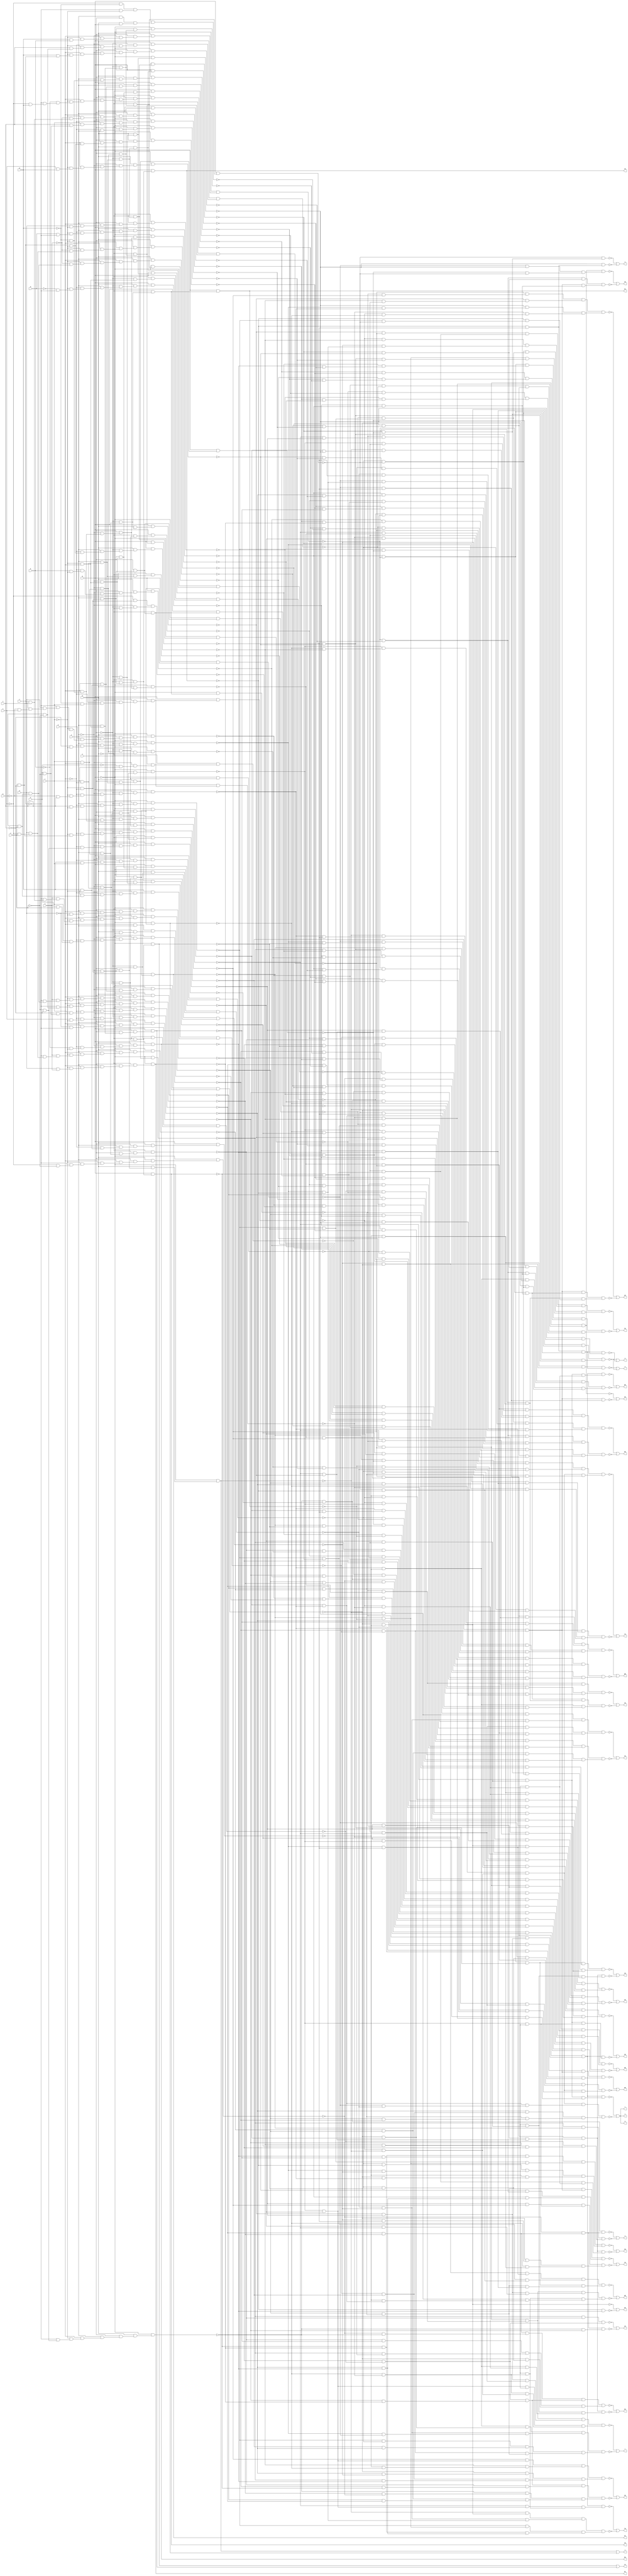
module vda ( 
    a, b, c, d, e, f, g, h, i, j, k, l, m, n, o, p, q,
    r, s, t, u, v, w, x, y, z, a0, b0, c0, d0, e0, f0, g0, h0, i0, j0, k0,
    l0, m0, n0, o0, p0, q0, r0, s0, t0, u0, v0, w0, x0, y0, z0, a1, b1, c1,
    d1  );
  input  a, b, c, d, e, f, g, h, i, j, k, l, m, n, o, p, q;
  output r, s, t, u, v, w, x, y, z, a0, b0, c0, d0, e0, f0, g0, h0, i0, j0,
    k0, l0, m0, n0, o0, p0, q0, r0, s0, t0, u0, v0, w0, x0, y0, z0, a1, b1,
    c1, d1;
  wire new_n57_, new_n58_, new_n59_, new_n60_, new_n61_, new_n62_, new_n63_,
    new_n64_, new_n65_, new_n66_, new_n67_, new_n68_, new_n69_, new_n70_,
    new_n71_, new_n72_, new_n73_, new_n74_, new_n75_, new_n76_, new_n77_,
    new_n78_, new_n79_, new_n80_, new_n81_, new_n82_, new_n83_, new_n84_,
    new_n85_, new_n86_, new_n87_, new_n88_, new_n89_, new_n90_, new_n91_,
    new_n92_, new_n93_, new_n94_, new_n95_, new_n96_, new_n97_, new_n98_,
    new_n99_, new_n100_, new_n101_, new_n102_, new_n103_, new_n104_,
    new_n105_, new_n106_, new_n107_, new_n108_, new_n109_, new_n110_,
    new_n111_, new_n112_, new_n113_, new_n114_, new_n115_, new_n116_,
    new_n117_, new_n118_, new_n119_, new_n120_, new_n121_, new_n122_,
    new_n123_, new_n124_, new_n125_, new_n126_, new_n127_, new_n128_,
    new_n129_, new_n130_, new_n131_, new_n132_, new_n133_, new_n134_,
    new_n135_, new_n136_, new_n137_, new_n138_, new_n139_, new_n140_,
    new_n141_, new_n142_, new_n143_, new_n144_, new_n145_, new_n146_,
    new_n147_, new_n148_, new_n149_, new_n150_, new_n151_, new_n152_,
    new_n153_, new_n154_, new_n155_, new_n156_, new_n157_, new_n158_,
    new_n159_, new_n160_, new_n161_, new_n162_, new_n163_, new_n164_,
    new_n165_, new_n166_, new_n167_, new_n168_, new_n169_, new_n170_,
    new_n171_, new_n172_, new_n173_, new_n174_, new_n175_, new_n176_,
    new_n177_, new_n178_, new_n179_, new_n180_, new_n181_, new_n182_,
    new_n183_, new_n184_, new_n185_, new_n186_, new_n187_, new_n188_,
    new_n189_, new_n190_, new_n191_, new_n192_, new_n193_, new_n194_,
    new_n195_, new_n196_, new_n197_, new_n198_, new_n199_, new_n200_,
    new_n201_, new_n202_, new_n203_, new_n204_, new_n205_, new_n206_,
    new_n207_, new_n208_, new_n209_, new_n210_, new_n211_, new_n212_,
    new_n213_, new_n214_, new_n215_, new_n216_, new_n217_, new_n218_,
    new_n219_, new_n220_, new_n221_, new_n222_, new_n223_, new_n224_,
    new_n225_, new_n226_, new_n227_, new_n228_, new_n229_, new_n230_,
    new_n231_, new_n232_, new_n233_, new_n234_, new_n235_, new_n236_,
    new_n237_, new_n238_, new_n239_, new_n240_, new_n241_, new_n242_,
    new_n243_, new_n244_, new_n245_, new_n246_, new_n247_, new_n248_,
    new_n249_, new_n250_, new_n251_, new_n253_, new_n254_, new_n255_,
    new_n256_, new_n257_, new_n258_, new_n259_, new_n260_, new_n261_,
    new_n262_, new_n263_, new_n264_, new_n265_, new_n266_, new_n267_,
    new_n268_, new_n269_, new_n270_, new_n271_, new_n272_, new_n273_,
    new_n274_, new_n275_, new_n276_, new_n277_, new_n278_, new_n279_,
    new_n280_, new_n281_, new_n282_, new_n283_, new_n284_, new_n285_,
    new_n286_, new_n287_, new_n288_, new_n289_, new_n290_, new_n291_,
    new_n292_, new_n293_, new_n294_, new_n295_, new_n296_, new_n297_,
    new_n298_, new_n299_, new_n300_, new_n301_, new_n302_, new_n303_,
    new_n304_, new_n305_, new_n306_, new_n307_, new_n309_, new_n310_,
    new_n311_, new_n312_, new_n313_, new_n314_, new_n315_, new_n316_,
    new_n318_, new_n319_, new_n320_, new_n321_, new_n322_, new_n323_,
    new_n324_, new_n325_, new_n326_, new_n327_, new_n328_, new_n329_,
    new_n330_, new_n331_, new_n332_, new_n333_, new_n334_, new_n335_,
    new_n336_, new_n337_, new_n338_, new_n339_, new_n341_, new_n342_,
    new_n343_, new_n344_, new_n345_, new_n346_, new_n347_, new_n348_,
    new_n350_, new_n351_, new_n352_, new_n353_, new_n354_, new_n355_,
    new_n356_, new_n358_, new_n359_, new_n360_, new_n361_, new_n362_,
    new_n363_, new_n364_, new_n365_, new_n366_, new_n367_, new_n368_,
    new_n369_, new_n371_, new_n372_, new_n373_, new_n374_, new_n375_,
    new_n376_, new_n377_, new_n378_, new_n379_, new_n380_, new_n381_,
    new_n382_, new_n383_, new_n384_, new_n385_, new_n386_, new_n387_,
    new_n388_, new_n389_, new_n390_, new_n391_, new_n392_, new_n393_,
    new_n394_, new_n395_, new_n396_, new_n397_, new_n398_, new_n399_,
    new_n400_, new_n401_, new_n402_, new_n403_, new_n404_, new_n405_,
    new_n406_, new_n407_, new_n408_, new_n409_, new_n410_, new_n412_,
    new_n413_, new_n414_, new_n417_, new_n419_, new_n420_, new_n421_,
    new_n422_, new_n423_, new_n424_, new_n425_, new_n426_, new_n427_,
    new_n428_, new_n429_, new_n430_, new_n431_, new_n432_, new_n433_,
    new_n434_, new_n435_, new_n436_, new_n437_, new_n438_, new_n439_,
    new_n440_, new_n442_, new_n443_, new_n444_, new_n445_, new_n446_,
    new_n447_, new_n448_, new_n449_, new_n450_, new_n451_, new_n452_,
    new_n454_, new_n455_, new_n456_, new_n457_, new_n458_, new_n459_,
    new_n460_, new_n461_, new_n462_, new_n463_, new_n464_, new_n465_,
    new_n466_, new_n467_, new_n468_, new_n469_, new_n470_, new_n471_,
    new_n472_, new_n473_, new_n474_, new_n475_, new_n476_, new_n477_,
    new_n478_, new_n479_, new_n480_, new_n481_, new_n482_, new_n483_,
    new_n484_, new_n485_, new_n486_, new_n487_, new_n488_, new_n489_,
    new_n490_, new_n491_, new_n492_, new_n494_, new_n495_, new_n496_,
    new_n497_, new_n498_, new_n499_, new_n500_, new_n501_, new_n502_,
    new_n503_, new_n504_, new_n505_, new_n506_, new_n507_, new_n508_,
    new_n509_, new_n510_, new_n511_, new_n512_, new_n513_, new_n514_,
    new_n515_, new_n516_, new_n517_, new_n518_, new_n519_, new_n520_,
    new_n521_, new_n522_, new_n523_, new_n524_, new_n525_, new_n526_,
    new_n527_, new_n528_, new_n529_, new_n530_, new_n531_, new_n532_,
    new_n533_, new_n534_, new_n535_, new_n536_, new_n537_, new_n538_,
    new_n539_, new_n540_, new_n541_, new_n542_, new_n543_, new_n544_,
    new_n545_, new_n546_, new_n547_, new_n548_, new_n549_, new_n550_,
    new_n551_, new_n552_, new_n553_, new_n554_, new_n555_, new_n556_,
    new_n557_, new_n558_, new_n559_, new_n560_, new_n561_, new_n562_,
    new_n563_, new_n564_, new_n565_, new_n566_, new_n567_, new_n568_,
    new_n569_, new_n570_, new_n571_, new_n572_, new_n573_, new_n574_,
    new_n575_, new_n576_, new_n577_, new_n578_, new_n579_, new_n580_,
    new_n581_, new_n582_, new_n584_, new_n585_, new_n586_, new_n587_,
    new_n588_, new_n589_, new_n590_, new_n591_, new_n592_, new_n593_,
    new_n594_, new_n595_, new_n596_, new_n597_, new_n598_, new_n599_,
    new_n600_, new_n601_, new_n602_, new_n603_, new_n604_, new_n605_,
    new_n606_, new_n607_, new_n608_, new_n609_, new_n610_, new_n611_,
    new_n612_, new_n613_, new_n614_, new_n615_, new_n616_, new_n617_,
    new_n618_, new_n619_, new_n620_, new_n621_, new_n622_, new_n623_,
    new_n624_, new_n625_, new_n626_, new_n627_, new_n628_, new_n629_,
    new_n630_, new_n631_, new_n632_, new_n633_, new_n635_, new_n636_,
    new_n637_, new_n638_, new_n639_, new_n640_, new_n641_, new_n642_,
    new_n643_, new_n644_, new_n645_, new_n646_, new_n647_, new_n648_,
    new_n649_, new_n650_, new_n651_, new_n652_, new_n653_, new_n654_,
    new_n655_, new_n656_, new_n657_, new_n658_, new_n659_, new_n660_,
    new_n661_, new_n662_, new_n663_, new_n664_, new_n665_, new_n666_,
    new_n667_, new_n668_, new_n669_, new_n670_, new_n671_, new_n672_,
    new_n673_, new_n674_, new_n675_, new_n676_, new_n677_, new_n678_,
    new_n679_, new_n681_, new_n682_, new_n683_, new_n684_, new_n685_,
    new_n686_, new_n688_, new_n689_, new_n690_, new_n691_, new_n692_,
    new_n693_, new_n694_, new_n695_, new_n696_, new_n697_, new_n698_,
    new_n699_, new_n700_, new_n701_, new_n702_, new_n703_, new_n704_,
    new_n705_, new_n706_, new_n707_, new_n708_, new_n709_, new_n710_,
    new_n711_, new_n712_, new_n713_, new_n714_, new_n715_, new_n716_,
    new_n717_, new_n718_, new_n719_, new_n720_, new_n721_, new_n722_,
    new_n723_, new_n724_, new_n725_, new_n726_, new_n727_, new_n728_,
    new_n729_, new_n730_, new_n731_, new_n732_, new_n734_, new_n735_,
    new_n736_, new_n737_, new_n738_, new_n739_, new_n740_, new_n741_,
    new_n742_, new_n743_, new_n744_, new_n745_, new_n746_, new_n747_,
    new_n748_, new_n749_, new_n750_, new_n751_, new_n752_, new_n753_,
    new_n754_, new_n755_, new_n756_, new_n757_, new_n758_, new_n759_,
    new_n760_, new_n761_, new_n762_, new_n763_, new_n764_, new_n765_,
    new_n766_, new_n767_, new_n769_, new_n770_, new_n771_, new_n772_,
    new_n773_, new_n775_, new_n776_, new_n777_, new_n778_, new_n779_,
    new_n780_, new_n781_, new_n782_, new_n783_, new_n784_, new_n785_,
    new_n786_, new_n787_, new_n788_, new_n789_, new_n790_, new_n791_,
    new_n792_, new_n793_, new_n795_, new_n796_, new_n797_, new_n798_,
    new_n799_, new_n800_, new_n801_, new_n802_, new_n803_, new_n804_,
    new_n805_, new_n806_, new_n807_, new_n809_, new_n810_, new_n811_,
    new_n812_, new_n813_, new_n814_, new_n815_, new_n816_, new_n817_,
    new_n818_, new_n819_, new_n820_, new_n822_, new_n823_, new_n824_,
    new_n825_, new_n826_, new_n827_, new_n828_, new_n829_, new_n830_,
    new_n831_, new_n832_, new_n833_, new_n834_, new_n835_, new_n837_,
    new_n838_, new_n839_, new_n840_, new_n841_, new_n842_, new_n843_,
    new_n844_, new_n845_, new_n846_, new_n847_, new_n848_, new_n849_,
    new_n850_, new_n851_, new_n852_, new_n853_, new_n854_, new_n855_,
    new_n857_, new_n858_, new_n859_, new_n860_, new_n861_, new_n862_,
    new_n863_, new_n864_, new_n865_, new_n866_, new_n867_, new_n869_,
    new_n870_, new_n871_, new_n872_, new_n873_, new_n874_, new_n875_,
    new_n876_, new_n877_, new_n878_, new_n879_, new_n880_, new_n881_,
    new_n882_, new_n883_, new_n885_, new_n886_, new_n887_, new_n888_,
    new_n889_, new_n890_, new_n891_, new_n892_, new_n893_, new_n894_,
    new_n895_, new_n896_, new_n897_, new_n898_, new_n899_, new_n900_,
    new_n902_, new_n903_, new_n904_, new_n905_, new_n906_, new_n907_,
    new_n908_, new_n909_, new_n910_, new_n911_, new_n913_, new_n914_,
    new_n915_, new_n916_, new_n917_, new_n918_, new_n919_, new_n920_,
    new_n921_, new_n922_, new_n923_, new_n924_, new_n925_, new_n927_,
    new_n928_, new_n929_, new_n930_, new_n931_, new_n932_, new_n933_,
    new_n934_, new_n935_, new_n936_, new_n937_, new_n939_, new_n940_,
    new_n941_, new_n942_, new_n943_, new_n944_, new_n945_, new_n946_,
    new_n947_, new_n948_, new_n949_, new_n950_, new_n952_, new_n953_,
    new_n955_, new_n956_, new_n957_, new_n958_, new_n959_, new_n960_,
    new_n961_, new_n963_, new_n964_, new_n965_, new_n966_, new_n967_,
    new_n968_, new_n969_, new_n970_, new_n971_, new_n972_, new_n973_,
    new_n974_, new_n975_, new_n976_, new_n977_, new_n978_;
  assign new_n57_ = b & e;
  assign new_n58_ = h & new_n57_;
  assign new_n59_ = ~i & new_n58_;
  assign new_n60_ = j & new_n59_;
  assign new_n61_ = ~l & new_n60_;
  assign new_n62_ = m & new_n61_;
  assign new_n63_ = n & new_n62_;
  assign new_n64_ = o & new_n63_;
  assign new_n65_ = p & new_n64_;
  assign new_n66_ = ~q & new_n65_;
  assign new_n67_ = ~c & e;
  assign new_n68_ = h & new_n67_;
  assign new_n69_ = ~i & new_n68_;
  assign new_n70_ = j & new_n69_;
  assign new_n71_ = ~l & new_n70_;
  assign new_n72_ = m & new_n71_;
  assign new_n73_ = n & new_n72_;
  assign new_n74_ = o & new_n73_;
  assign new_n75_ = p & new_n74_;
  assign new_n76_ = ~q & new_n75_;
  assign new_n77_ = e & ~f;
  assign new_n78_ = h & new_n77_;
  assign new_n79_ = ~i & new_n78_;
  assign new_n80_ = j & new_n79_;
  assign new_n81_ = ~l & new_n80_;
  assign new_n82_ = m & new_n81_;
  assign new_n83_ = n & new_n82_;
  assign new_n84_ = o & new_n83_;
  assign new_n85_ = p & new_n84_;
  assign new_n86_ = ~q & new_n85_;
  assign new_n87_ = a & e;
  assign new_n88_ = l & new_n87_;
  assign new_n89_ = ~m & new_n88_;
  assign new_n90_ = ~n & new_n89_;
  assign new_n91_ = o & new_n90_;
  assign new_n92_ = ~p & new_n91_;
  assign new_n93_ = ~q & new_n92_;
  assign new_n94_ = ~l & new_n57_;
  assign new_n95_ = ~m & new_n94_;
  assign new_n96_ = ~n & new_n95_;
  assign new_n97_ = ~o & new_n96_;
  assign new_n98_ = p & new_n97_;
  assign new_n99_ = q & new_n98_;
  assign new_n100_ = ~l & new_n77_;
  assign new_n101_ = ~m & new_n100_;
  assign new_n102_ = ~n & new_n101_;
  assign new_n103_ = ~o & new_n102_;
  assign new_n104_ = p & new_n103_;
  assign new_n105_ = q & new_n104_;
  assign new_n106_ = c & ~l;
  assign new_n107_ = ~m & new_n106_;
  assign new_n108_ = ~n & new_n107_;
  assign new_n109_ = ~o & new_n108_;
  assign new_n110_ = ~p & new_n109_;
  assign new_n111_ = q & new_n110_;
  assign new_n112_ = f & ~l;
  assign new_n113_ = ~m & new_n112_;
  assign new_n114_ = n & new_n113_;
  assign new_n115_ = ~o & new_n114_;
  assign new_n116_ = p & new_n115_;
  assign new_n117_ = ~q & new_n116_;
  assign new_n118_ = g & l;
  assign new_n119_ = ~m & new_n118_;
  assign new_n120_ = ~n & new_n119_;
  assign new_n121_ = o & new_n120_;
  assign new_n122_ = p & new_n121_;
  assign new_n123_ = q & new_n122_;
  assign new_n124_ = ~f & ~l;
  assign new_n125_ = ~m & new_n124_;
  assign new_n126_ = n & new_n125_;
  assign new_n127_ = ~o & new_n126_;
  assign new_n128_ = p & new_n127_;
  assign new_n129_ = ~q & new_n128_;
  assign new_n130_ = ~l & ~m;
  assign new_n131_ = ~n & new_n130_;
  assign new_n132_ = o & new_n131_;
  assign new_n133_ = ~p & new_n132_;
  assign new_n134_ = q & new_n133_;
  assign new_n135_ = ~o & new_n131_;
  assign new_n136_ = p & new_n135_;
  assign new_n137_ = ~q & new_n136_;
  assign new_n138_ = n & new_n130_;
  assign new_n139_ = ~o & new_n138_;
  assign new_n140_ = ~p & new_n139_;
  assign new_n141_ = ~q & new_n140_;
  assign new_n142_ = g & ~l;
  assign new_n143_ = m & new_n142_;
  assign new_n144_ = ~n & new_n143_;
  assign new_n145_ = o & new_n144_;
  assign new_n146_ = ~p & new_n145_;
  assign new_n147_ = ~q & new_n146_;
  assign new_n148_ = l & ~m;
  assign new_n149_ = ~n & new_n148_;
  assign new_n150_ = ~o & new_n149_;
  assign new_n151_ = p & new_n150_;
  assign new_n152_ = ~q & new_n151_;
  assign new_n153_ = ~b & f;
  assign new_n154_ = ~l & new_n153_;
  assign new_n155_ = ~m & new_n154_;
  assign new_n156_ = ~n & new_n155_;
  assign new_n157_ = ~o & new_n156_;
  assign new_n158_ = p & new_n157_;
  assign new_n159_ = q & new_n158_;
  assign new_n160_ = ~m & new_n142_;
  assign new_n161_ = n & new_n160_;
  assign new_n162_ = o & new_n161_;
  assign new_n163_ = p & new_n162_;
  assign new_n164_ = q & new_n163_;
  assign new_n165_ = ~g & l;
  assign new_n166_ = ~m & new_n165_;
  assign new_n167_ = ~n & new_n166_;
  assign new_n168_ = o & new_n167_;
  assign new_n169_ = p & new_n168_;
  assign new_n170_ = q & new_n169_;
  assign new_n171_ = p & new_n132_;
  assign new_n172_ = ~q & new_n171_;
  assign new_n173_ = ~q & new_n133_;
  assign new_n174_ = o & new_n138_;
  assign new_n175_ = ~p & new_n174_;
  assign new_n176_ = ~q & new_n175_;
  assign new_n177_ = i & ~l;
  assign new_n178_ = ~m & new_n177_;
  assign new_n179_ = n & new_n178_;
  assign new_n180_ = ~o & new_n179_;
  assign new_n181_ = p & new_n180_;
  assign new_n182_ = q & new_n181_;
  assign new_n183_ = ~l & m;
  assign new_n184_ = ~n & new_n183_;
  assign new_n185_ = ~o & new_n184_;
  assign new_n186_ = ~p & new_n185_;
  assign new_n187_ = ~q & new_n186_;
  assign new_n188_ = o & new_n149_;
  assign new_n189_ = p & new_n188_;
  assign new_n190_ = ~q & new_n189_;
  assign new_n191_ = o & new_n184_;
  assign new_n192_ = p & new_n191_;
  assign new_n193_ = q & new_n192_;
  assign new_n194_ = q & new_n175_;
  assign new_n195_ = ~g & ~l;
  assign new_n196_ = m & new_n195_;
  assign new_n197_ = n & new_n196_;
  assign new_n198_ = ~o & new_n197_;
  assign new_n199_ = p & new_n198_;
  assign new_n200_ = q & new_n199_;
  assign new_n201_ = l & m;
  assign new_n202_ = n & new_n201_;
  assign new_n203_ = ~o & new_n202_;
  assign new_n204_ = p & new_n203_;
  assign new_n205_ = q & new_n204_;
  assign new_n206_ = ~p & new_n188_;
  assign new_n207_ = q & new_n206_;
  assign new_n208_ = ~p & new_n203_;
  assign new_n209_ = ~q & new_n208_;
  assign new_n210_ = ~n & new_n196_;
  assign new_n211_ = o & new_n210_;
  assign new_n212_ = p & new_n211_;
  assign new_n213_ = ~q & new_n212_;
  assign new_n214_ = ~n & new_n201_;
  assign new_n215_ = ~o & new_n214_;
  assign new_n216_ = p & new_n215_;
  assign new_n217_ = q & new_n216_;
  assign new_n218_ = o & new_n214_;
  assign new_n219_ = ~p & new_n218_;
  assign new_n220_ = ~q & new_n219_;
  assign new_n221_ = ~new_n217_ & ~new_n220_;
  assign new_n222_ = ~new_n209_ & ~new_n213_;
  assign new_n223_ = new_n221_ & new_n222_;
  assign new_n224_ = ~new_n205_ & ~new_n207_;
  assign new_n225_ = ~new_n194_ & ~new_n200_;
  assign new_n226_ = new_n224_ & new_n225_;
  assign new_n227_ = new_n223_ & new_n226_;
  assign new_n228_ = ~new_n190_ & ~new_n193_;
  assign new_n229_ = ~new_n182_ & ~new_n187_;
  assign new_n230_ = new_n228_ & new_n229_;
  assign new_n231_ = ~new_n173_ & ~new_n176_;
  assign new_n232_ = ~new_n170_ & ~new_n172_;
  assign new_n233_ = new_n231_ & new_n232_;
  assign new_n234_ = new_n230_ & new_n233_;
  assign new_n235_ = new_n227_ & new_n234_;
  assign new_n236_ = ~new_n159_ & ~new_n164_;
  assign new_n237_ = ~new_n147_ & ~new_n152_;
  assign new_n238_ = new_n236_ & new_n237_;
  assign new_n239_ = ~new_n137_ & ~new_n141_;
  assign new_n240_ = ~new_n129_ & ~new_n134_;
  assign new_n241_ = new_n239_ & new_n240_;
  assign new_n242_ = new_n238_ & new_n241_;
  assign new_n243_ = ~new_n117_ & ~new_n123_;
  assign new_n244_ = ~new_n105_ & ~new_n111_;
  assign new_n245_ = new_n243_ & new_n244_;
  assign new_n246_ = ~new_n93_ & ~new_n99_;
  assign new_n247_ = ~new_n66_ & ~new_n76_;
  assign new_n248_ = ~new_n86_ & new_n247_;
  assign new_n249_ = new_n246_ & new_n248_;
  assign new_n250_ = new_n245_ & new_n249_;
  assign new_n251_ = new_n242_ & new_n250_;
  assign r = ~new_n235_ | ~new_n251_;
  assign new_n253_ = a & ~e;
  assign new_n254_ = ~f & new_n253_;
  assign new_n255_ = l & new_n254_;
  assign new_n256_ = ~m & new_n255_;
  assign new_n257_ = ~n & new_n256_;
  assign new_n258_ = o & new_n257_;
  assign new_n259_ = ~p & new_n258_;
  assign new_n260_ = ~q & new_n259_;
  assign new_n261_ = b & ~e;
  assign new_n262_ = ~i & new_n261_;
  assign new_n263_ = ~l & new_n262_;
  assign new_n264_ = m & new_n263_;
  assign new_n265_ = n & new_n264_;
  assign new_n266_ = o & new_n265_;
  assign new_n267_ = p & new_n266_;
  assign new_n268_ = ~q & new_n267_;
  assign new_n269_ = ~c & ~e;
  assign new_n270_ = ~i & new_n269_;
  assign new_n271_ = ~l & new_n270_;
  assign new_n272_ = m & new_n271_;
  assign new_n273_ = n & new_n272_;
  assign new_n274_ = o & new_n273_;
  assign new_n275_ = p & new_n274_;
  assign new_n276_ = ~q & new_n275_;
  assign new_n277_ = ~e & ~f;
  assign new_n278_ = ~i & new_n277_;
  assign new_n279_ = ~l & new_n278_;
  assign new_n280_ = m & new_n279_;
  assign new_n281_ = n & new_n280_;
  assign new_n282_ = o & new_n281_;
  assign new_n283_ = p & new_n282_;
  assign new_n284_ = ~q & new_n283_;
  assign new_n285_ = ~m & new_n277_;
  assign new_n286_ = ~n & new_n285_;
  assign new_n287_ = ~o & new_n286_;
  assign new_n288_ = p & new_n287_;
  assign new_n289_ = q & new_n288_;
  assign new_n290_ = ~h & ~i;
  assign new_n291_ = ~l & new_n290_;
  assign new_n292_ = m & new_n291_;
  assign new_n293_ = n & new_n292_;
  assign new_n294_ = o & new_n293_;
  assign new_n295_ = ~q & new_n294_;
  assign new_n296_ = ~h & ~l;
  assign new_n297_ = m & new_n296_;
  assign new_n298_ = n & new_n297_;
  assign new_n299_ = o & new_n298_;
  assign new_n300_ = ~p & new_n299_;
  assign new_n301_ = ~q & new_n300_;
  assign new_n302_ = ~p & new_n135_;
  assign new_n303_ = ~q & new_n302_;
  assign new_n304_ = n & new_n148_;
  assign new_n305_ = o & new_n304_;
  assign new_n306_ = p & new_n305_;
  assign new_n307_ = ~q & new_n306_;
  assign a1 = q & new_n151_;
  assign new_n309_ = ~new_n284_ & ~new_n289_;
  assign new_n310_ = ~new_n260_ & ~new_n268_;
  assign new_n311_ = ~new_n276_ & new_n310_;
  assign new_n312_ = new_n309_ & new_n311_;
  assign new_n313_ = ~new_n307_ & ~a1;
  assign new_n314_ = ~new_n295_ & ~new_n301_;
  assign new_n315_ = ~new_n303_ & new_n314_;
  assign new_n316_ = new_n313_ & new_n315_;
  assign s = ~new_n312_ | ~new_n316_;
  assign new_n318_ = ~new_n213_ & ~new_n217_;
  assign new_n319_ = ~new_n220_ & new_n318_;
  assign new_n320_ = ~new_n209_ & new_n224_;
  assign new_n321_ = new_n319_ & new_n320_;
  assign new_n322_ = ~new_n193_ & ~new_n194_;
  assign new_n323_ = ~new_n200_ & new_n322_;
  assign new_n324_ = ~new_n187_ & ~new_n190_;
  assign new_n325_ = ~new_n176_ & ~new_n182_;
  assign new_n326_ = new_n324_ & new_n325_;
  assign new_n327_ = new_n323_ & new_n326_;
  assign new_n328_ = new_n321_ & new_n327_;
  assign new_n329_ = ~new_n173_ & new_n232_;
  assign new_n330_ = ~new_n152_ & ~new_n159_;
  assign new_n331_ = ~new_n134_ & ~new_n137_;
  assign new_n332_ = new_n330_ & new_n331_;
  assign new_n333_ = new_n329_ & new_n332_;
  assign new_n334_ = ~new_n99_ & ~new_n105_;
  assign new_n335_ = ~new_n111_ & new_n334_;
  assign new_n336_ = ~new_n86_ & ~new_n93_;
  assign new_n337_ = new_n247_ & new_n336_;
  assign new_n338_ = new_n335_ & new_n337_;
  assign new_n339_ = new_n333_ & new_n338_;
  assign t = ~new_n328_ | ~new_n339_;
  assign new_n341_ = ~o & new_n304_;
  assign new_n342_ = ~p & new_n341_;
  assign new_n343_ = q & new_n342_;
  assign new_n344_ = q & new_n306_;
  assign new_n345_ = n & new_n183_;
  assign new_n346_ = ~o & new_n345_;
  assign new_n347_ = ~p & new_n346_;
  assign new_n348_ = q & new_n347_;
  assign c0 = q & new_n140_;
  assign new_n350_ = q & new_n219_;
  assign new_n351_ = p & new_n185_;
  assign new_n352_ = ~q & new_n351_;
  assign new_n353_ = ~new_n343_ & ~new_n344_;
  assign new_n354_ = ~new_n348_ & new_n353_;
  assign new_n355_ = ~c0 & ~new_n350_;
  assign new_n356_ = ~new_n352_ & new_n355_;
  assign u = ~new_n354_ | ~new_n356_;
  assign new_n358_ = ~d & ~i;
  assign new_n359_ = ~l & new_n358_;
  assign new_n360_ = ~m & new_n359_;
  assign new_n361_ = n & new_n360_;
  assign new_n362_ = ~o & new_n361_;
  assign new_n363_ = p & new_n362_;
  assign new_n364_ = q & new_n363_;
  assign new_n365_ = ~k & ~l;
  assign new_n366_ = ~m & new_n365_;
  assign new_n367_ = ~n & new_n366_;
  assign new_n368_ = o & new_n367_;
  assign new_n369_ = p & new_n368_;
  assign b0 = q & new_n369_;
  assign new_n371_ = d & ~i;
  assign new_n372_ = ~l & new_n371_;
  assign new_n373_ = ~m & new_n372_;
  assign new_n374_ = n & new_n373_;
  assign new_n375_ = ~o & new_n374_;
  assign new_n376_ = p & new_n375_;
  assign new_n377_ = q & new_n376_;
  assign new_n378_ = g & k;
  assign new_n379_ = ~l & new_n378_;
  assign new_n380_ = m & new_n379_;
  assign new_n381_ = ~n & new_n380_;
  assign new_n382_ = o & new_n381_;
  assign new_n383_ = p & new_n382_;
  assign new_n384_ = ~q & new_n383_;
  assign new_n385_ = g & i;
  assign new_n386_ = ~l & new_n385_;
  assign new_n387_ = m & new_n386_;
  assign new_n388_ = ~n & new_n387_;
  assign new_n389_ = o & new_n388_;
  assign new_n390_ = p & new_n389_;
  assign new_n391_ = ~q & new_n390_;
  assign new_n392_ = c & g;
  assign new_n393_ = ~l & new_n392_;
  assign new_n394_ = m & new_n393_;
  assign new_n395_ = ~n & new_n394_;
  assign new_n396_ = o & new_n395_;
  assign new_n397_ = p & new_n396_;
  assign new_n398_ = ~q & new_n397_;
  assign new_n399_ = ~new_n164_ & ~new_n352_;
  assign new_n400_ = ~new_n141_ & ~new_n147_;
  assign new_n401_ = new_n399_ & new_n400_;
  assign new_n402_ = ~new_n123_ & ~new_n348_;
  assign new_n403_ = new_n355_ & new_n402_;
  assign new_n404_ = new_n401_ & new_n403_;
  assign new_n405_ = ~new_n364_ & ~b0;
  assign new_n406_ = ~new_n377_ & ~new_n384_;
  assign new_n407_ = new_n405_ & new_n406_;
  assign new_n408_ = ~new_n391_ & ~new_n398_;
  assign new_n409_ = new_n353_ & new_n408_;
  assign new_n410_ = new_n407_ & new_n409_;
  assign v = ~new_n404_ | ~new_n410_;
  assign new_n412_ = ~new_n147_ & ~new_n164_;
  assign new_n413_ = ~new_n352_ & new_n412_;
  assign new_n414_ = new_n403_ & new_n413_;
  assign y = ~new_n410_ | ~new_n414_;
  assign z = new_n172_ | new_n173_;
  assign new_n417_ = ~c0 & ~b0;
  assign a0 = ~new_n412_ | ~new_n417_;
  assign new_n419_ = ~b & c;
  assign new_n420_ = f & new_n419_;
  assign new_n421_ = h & new_n420_;
  assign new_n422_ = ~i & new_n421_;
  assign new_n423_ = ~l & new_n422_;
  assign new_n424_ = m & new_n423_;
  assign new_n425_ = n & new_n424_;
  assign new_n426_ = o & new_n425_;
  assign new_n427_ = p & new_n426_;
  assign new_n428_ = ~q & new_n427_;
  assign new_n429_ = k & ~l;
  assign new_n430_ = ~m & new_n429_;
  assign new_n431_ = ~n & new_n430_;
  assign new_n432_ = o & new_n431_;
  assign new_n433_ = p & new_n432_;
  assign new_n434_ = q & new_n433_;
  assign new_n435_ = ~a & l;
  assign new_n436_ = ~n & new_n435_;
  assign new_n437_ = o & new_n436_;
  assign new_n438_ = ~p & new_n437_;
  assign new_n439_ = ~q & new_n342_;
  assign new_n440_ = ~p & new_n150_;
  assign z0 = q & new_n440_;
  assign new_n442_ = ~p & new_n191_;
  assign new_n443_ = q & new_n442_;
  assign new_n444_ = ~p & new_n215_;
  assign new_n445_ = q & new_n444_;
  assign new_n446_ = ~q & new_n215_;
  assign new_n447_ = o & new_n202_;
  assign new_n448_ = ~p & new_n447_;
  assign new_n449_ = ~q & new_n448_;
  assign new_n450_ = p & new_n214_;
  assign new_n451_ = ~q & new_n450_;
  assign new_n452_ = q & new_n351_;
  assign d1 = q & new_n208_;
  assign new_n454_ = ~q & new_n440_;
  assign new_n455_ = ~q & new_n174_;
  assign new_n456_ = ~new_n207_ & ~new_n209_;
  assign new_n457_ = new_n221_ & new_n456_;
  assign new_n458_ = ~new_n170_ & ~new_n190_;
  assign new_n459_ = ~new_n152_ & ~new_n350_;
  assign new_n460_ = ~new_n159_ & new_n459_;
  assign new_n461_ = new_n458_ & new_n460_;
  assign new_n462_ = new_n457_ & new_n461_;
  assign new_n463_ = ~new_n123_ & ~new_n455_;
  assign new_n464_ = ~a1 & ~new_n454_;
  assign new_n465_ = ~new_n344_ & new_n464_;
  assign new_n466_ = new_n463_ & new_n465_;
  assign new_n467_ = ~new_n452_ & ~d1;
  assign new_n468_ = ~new_n449_ & ~new_n451_;
  assign new_n469_ = ~new_n307_ & new_n468_;
  assign new_n470_ = new_n467_ & new_n469_;
  assign new_n471_ = new_n466_ & new_n470_;
  assign new_n472_ = new_n462_ & new_n471_;
  assign new_n473_ = ~new_n445_ & ~new_n446_;
  assign new_n474_ = ~z0 & ~new_n443_;
  assign new_n475_ = new_n473_ & new_n474_;
  assign new_n476_ = ~new_n301_ & ~new_n439_;
  assign new_n477_ = ~new_n295_ & ~new_n434_;
  assign new_n478_ = ~new_n438_ & new_n477_;
  assign new_n479_ = new_n476_ & new_n478_;
  assign new_n480_ = new_n475_ & new_n479_;
  assign new_n481_ = ~new_n86_ & ~new_n268_;
  assign new_n482_ = ~new_n276_ & new_n481_;
  assign new_n483_ = new_n309_ & new_n482_;
  assign new_n484_ = m & n;
  assign new_n485_ = p & ~q;
  assign new_n486_ = ~o & new_n485_;
  assign new_n487_ = new_n484_ & new_n486_;
  assign new_n488_ = ~new_n428_ & ~new_n487_;
  assign new_n489_ = ~new_n260_ & new_n488_;
  assign new_n490_ = new_n247_ & new_n489_;
  assign new_n491_ = new_n483_ & new_n490_;
  assign new_n492_ = new_n480_ & new_n491_;
  assign d0 = ~new_n472_ | ~new_n492_;
  assign new_n494_ = ~c & g;
  assign new_n495_ = ~i & new_n494_;
  assign new_n496_ = ~k & new_n495_;
  assign new_n497_ = ~l & new_n496_;
  assign new_n498_ = m & new_n497_;
  assign new_n499_ = ~n & new_n498_;
  assign new_n500_ = o & new_n499_;
  assign new_n501_ = p & new_n500_;
  assign new_n502_ = ~q & new_n501_;
  assign new_n503_ = ~j & new_n58_;
  assign new_n504_ = ~l & new_n503_;
  assign new_n505_ = m & new_n504_;
  assign new_n506_ = n & new_n505_;
  assign new_n507_ = o & new_n506_;
  assign new_n508_ = p & new_n507_;
  assign new_n509_ = ~j & new_n68_;
  assign new_n510_ = ~l & new_n509_;
  assign new_n511_ = m & new_n510_;
  assign new_n512_ = n & new_n511_;
  assign new_n513_ = o & new_n512_;
  assign new_n514_ = p & new_n513_;
  assign new_n515_ = ~j & new_n78_;
  assign new_n516_ = ~l & new_n515_;
  assign new_n517_ = m & new_n516_;
  assign new_n518_ = n & new_n517_;
  assign new_n519_ = o & new_n518_;
  assign new_n520_ = p & new_n519_;
  assign new_n521_ = ~p & new_n211_;
  assign new_n522_ = ~q & new_n521_;
  assign new_n523_ = h & ~l;
  assign new_n524_ = m & new_n523_;
  assign new_n525_ = n & new_n524_;
  assign new_n526_ = o & new_n525_;
  assign new_n527_ = ~p & new_n526_;
  assign new_n528_ = ~q & new_n527_;
  assign new_n529_ = ~p & new_n304_;
  assign new_n530_ = q & new_n529_;
  assign new_n531_ = n & new_n143_;
  assign new_n532_ = p & new_n531_;
  assign new_n533_ = q & new_n532_;
  assign new_n534_ = n & new_n195_;
  assign new_n535_ = o & new_n534_;
  assign new_n536_ = p & new_n535_;
  assign new_n537_ = q & new_n536_;
  assign new_n538_ = ~q & new_n347_;
  assign new_n539_ = ~o & new_n183_;
  assign new_n540_ = ~p & new_n539_;
  assign new_n541_ = q & new_n540_;
  assign new_n542_ = p & new_n341_;
  assign new_n543_ = ~q & new_n542_;
  assign new_n544_ = m & new_n177_;
  assign new_n545_ = n & new_n544_;
  assign new_n546_ = o & new_n545_;
  assign new_n547_ = p & new_n546_;
  assign new_n548_ = ~q & new_n547_;
  assign new_n549_ = ~m & n;
  assign new_n550_ = o & new_n549_;
  assign new_n551_ = ~p & new_n550_;
  assign new_n552_ = ~q & new_n551_;
  assign new_n553_ = ~new_n364_ & ~new_n548_;
  assign new_n554_ = ~new_n446_ & ~new_n543_;
  assign new_n555_ = new_n553_ & new_n554_;
  assign new_n556_ = ~new_n538_ & ~new_n541_;
  assign new_n557_ = ~new_n533_ & ~new_n537_;
  assign new_n558_ = new_n556_ & new_n557_;
  assign new_n559_ = new_n555_ & new_n558_;
  assign new_n560_ = ~new_n528_ & ~new_n530_;
  assign new_n561_ = ~new_n434_ & ~new_n522_;
  assign new_n562_ = new_n560_ & new_n561_;
  assign new_n563_ = ~new_n514_ & ~new_n520_;
  assign new_n564_ = ~new_n428_ & ~new_n502_;
  assign new_n565_ = ~new_n508_ & new_n564_;
  assign new_n566_ = new_n563_ & new_n565_;
  assign new_n567_ = new_n562_ & new_n566_;
  assign new_n568_ = new_n559_ & new_n567_;
  assign new_n569_ = ~new_n200_ & ~new_n209_;
  assign new_n570_ = new_n318_ & new_n569_;
  assign new_n571_ = ~new_n187_ & ~new_n193_;
  assign new_n572_ = ~new_n170_ & ~new_n352_;
  assign new_n573_ = new_n571_ & new_n572_;
  assign new_n574_ = new_n570_ & new_n573_;
  assign new_n575_ = ~new_n129_ & ~new_n350_;
  assign new_n576_ = new_n412_ & new_n575_;
  assign new_n577_ = ~a1 & ~new_n344_;
  assign new_n578_ = ~new_n451_ & ~new_n552_;
  assign new_n579_ = ~d1 & new_n578_;
  assign new_n580_ = new_n577_ & new_n579_;
  assign new_n581_ = new_n576_ & new_n580_;
  assign new_n582_ = new_n574_ & new_n581_;
  assign e0 = ~new_n568_ | ~new_n582_;
  assign new_n584_ = f & new_n261_;
  assign new_n585_ = ~l & new_n584_;
  assign new_n586_ = ~m & new_n585_;
  assign new_n587_ = ~n & new_n586_;
  assign new_n588_ = ~o & new_n587_;
  assign new_n589_ = p & new_n588_;
  assign new_n590_ = q & new_n589_;
  assign new_n591_ = f & new_n253_;
  assign new_n592_ = l & new_n591_;
  assign new_n593_ = ~m & new_n592_;
  assign new_n594_ = ~n & new_n593_;
  assign new_n595_ = o & new_n594_;
  assign new_n596_ = ~q & new_n595_;
  assign new_n597_ = p & new_n346_;
  assign new_n598_ = ~q & new_n597_;
  assign new_n599_ = q & new_n542_;
  assign new_n600_ = ~new_n205_ & ~new_n220_;
  assign new_n601_ = ~new_n194_ & new_n228_;
  assign new_n602_ = new_n600_ & new_n601_;
  assign new_n603_ = ~new_n170_ & ~new_n182_;
  assign new_n604_ = ~new_n129_ & ~c0;
  assign new_n605_ = ~new_n141_ & new_n604_;
  assign new_n606_ = new_n603_ & new_n605_;
  assign new_n607_ = new_n602_ & new_n606_;
  assign new_n608_ = ~new_n117_ & ~new_n454_;
  assign new_n609_ = ~new_n455_ & new_n608_;
  assign new_n610_ = new_n402_ & new_n609_;
  assign new_n611_ = ~a1 & ~d1;
  assign new_n612_ = new_n408_ & ~new_n552_;
  assign new_n613_ = new_n611_ & new_n612_;
  assign new_n614_ = new_n610_ & new_n613_;
  assign new_n615_ = new_n607_ & new_n614_;
  assign new_n616_ = ~b0 & ~new_n599_;
  assign new_n617_ = ~new_n452_ & new_n616_;
  assign new_n618_ = new_n406_ & new_n617_;
  assign new_n619_ = ~new_n443_ & ~new_n548_;
  assign new_n620_ = ~new_n537_ & ~new_n598_;
  assign new_n621_ = ~new_n538_ & new_n620_;
  assign new_n622_ = new_n619_ & new_n621_;
  assign new_n623_ = new_n618_ & new_n622_;
  assign new_n624_ = new_n564_ & ~new_n590_;
  assign new_n625_ = ~new_n508_ & ~new_n596_;
  assign new_n626_ = ~new_n514_ & new_n625_;
  assign new_n627_ = new_n624_ & new_n626_;
  assign new_n628_ = ~new_n439_ & ~new_n533_;
  assign new_n629_ = ~new_n520_ & ~new_n522_;
  assign new_n630_ = ~new_n528_ & new_n629_;
  assign new_n631_ = new_n628_ & new_n630_;
  assign new_n632_ = new_n627_ & new_n631_;
  assign new_n633_ = new_n623_ & new_n632_;
  assign f0 = ~new_n615_ | ~new_n633_;
  assign new_n635_ = p & new_n218_;
  assign new_n636_ = ~new_n200_ & ~new_n205_;
  assign new_n637_ = ~new_n207_ & new_n636_;
  assign new_n638_ = new_n319_ & new_n637_;
  assign new_n639_ = ~new_n173_ & ~new_n182_;
  assign new_n640_ = ~new_n190_ & new_n639_;
  assign new_n641_ = ~new_n159_ & ~new_n350_;
  assign new_n642_ = ~new_n172_ & new_n641_;
  assign new_n643_ = new_n640_ & new_n642_;
  assign new_n644_ = new_n638_ & new_n643_;
  assign new_n645_ = ~new_n129_ & ~new_n454_;
  assign new_n646_ = ~new_n134_ & new_n645_;
  assign new_n647_ = ~a1 & new_n408_;
  assign new_n648_ = new_n646_ & new_n647_;
  assign new_n649_ = ~new_n307_ & ~new_n452_;
  assign new_n650_ = ~new_n364_ & ~new_n451_;
  assign new_n651_ = new_n649_ & new_n650_;
  assign new_n652_ = ~new_n377_ & ~new_n635_;
  assign new_n653_ = ~new_n384_ & new_n652_;
  assign new_n654_ = new_n651_ & new_n653_;
  assign new_n655_ = new_n648_ & new_n654_;
  assign new_n656_ = new_n644_ & new_n655_;
  assign new_n657_ = ~new_n105_ & ~new_n548_;
  assign new_n658_ = ~new_n599_ & new_n657_;
  assign new_n659_ = ~new_n445_ & ~new_n449_;
  assign new_n660_ = ~new_n99_ & new_n659_;
  assign new_n661_ = new_n658_ & new_n660_;
  assign new_n662_ = ~new_n301_ & ~new_n530_;
  assign new_n663_ = new_n557_ & new_n662_;
  assign new_n664_ = ~new_n93_ & ~new_n598_;
  assign new_n665_ = ~new_n543_ & new_n664_;
  assign new_n666_ = new_n663_ & new_n665_;
  assign new_n667_ = new_n661_ & new_n666_;
  assign new_n668_ = ~new_n268_ & ~new_n520_;
  assign new_n669_ = ~new_n276_ & new_n668_;
  assign new_n670_ = ~new_n260_ & ~new_n502_;
  assign new_n671_ = ~new_n508_ & ~new_n514_;
  assign new_n672_ = new_n670_ & new_n671_;
  assign new_n673_ = new_n669_ & new_n672_;
  assign new_n674_ = ~new_n295_ & ~new_n528_;
  assign new_n675_ = ~new_n438_ & new_n674_;
  assign new_n676_ = new_n309_ & ~new_n522_;
  assign new_n677_ = new_n675_ & new_n676_;
  assign new_n678_ = new_n673_ & new_n677_;
  assign new_n679_ = new_n667_ & new_n678_;
  assign g0 = ~new_n656_ | ~new_n679_;
  assign new_n681_ = h & j;
  assign new_n682_ = ~l & new_n681_;
  assign new_n683_ = m & new_n682_;
  assign new_n684_ = n & new_n683_;
  assign new_n685_ = o & new_n684_;
  assign new_n686_ = ~p & new_n685_;
  assign b1 = ~q & new_n686_;
  assign new_n688_ = o & new_n345_;
  assign new_n689_ = p & new_n688_;
  assign new_n690_ = q & new_n689_;
  assign new_n691_ = ~new_n213_ & ~new_n220_;
  assign new_n692_ = ~new_n200_ & ~new_n207_;
  assign new_n693_ = ~new_n209_ & new_n692_;
  assign new_n694_ = new_n691_ & new_n693_;
  assign new_n695_ = ~new_n190_ & ~new_n194_;
  assign new_n696_ = ~new_n152_ & ~new_n352_;
  assign new_n697_ = ~new_n172_ & new_n696_;
  assign new_n698_ = new_n695_ & new_n697_;
  assign new_n699_ = new_n694_ & new_n698_;
  assign new_n700_ = ~new_n398_ & ~new_n552_;
  assign new_n701_ = ~d1 & new_n700_;
  assign new_n702_ = new_n609_ & new_n701_;
  assign new_n703_ = ~new_n137_ & ~new_n350_;
  assign new_n704_ = ~new_n134_ & new_n604_;
  assign new_n705_ = new_n703_ & new_n704_;
  assign new_n706_ = new_n702_ & new_n705_;
  assign new_n707_ = new_n699_ & new_n706_;
  assign new_n708_ = ~new_n384_ & ~new_n391_;
  assign new_n709_ = ~new_n111_ & ~new_n635_;
  assign new_n710_ = ~new_n377_ & new_n709_;
  assign new_n711_ = new_n708_ & new_n710_;
  assign new_n712_ = ~new_n445_ & new_n474_;
  assign new_n713_ = ~new_n548_ & ~new_n690_;
  assign new_n714_ = ~new_n599_ & new_n713_;
  assign new_n715_ = new_n712_ & new_n714_;
  assign new_n716_ = new_n711_ & new_n715_;
  assign new_n717_ = ~new_n541_ & ~new_n543_;
  assign new_n718_ = ~new_n520_ & ~b1;
  assign new_n719_ = ~new_n434_ & new_n718_;
  assign new_n720_ = new_n717_ & new_n719_;
  assign new_n721_ = ~c & ~g;
  assign new_n722_ = ~i & ~l;
  assign new_n723_ = new_n721_ & new_n722_;
  assign new_n724_ = n & o;
  assign new_n725_ = p & q;
  assign new_n726_ = new_n724_ & new_n725_;
  assign new_n727_ = new_n723_ & new_n726_;
  assign new_n728_ = ~new_n502_ & ~new_n727_;
  assign new_n729_ = ~new_n590_ & new_n728_;
  assign new_n730_ = new_n626_ & new_n729_;
  assign new_n731_ = new_n720_ & new_n730_;
  assign new_n732_ = new_n716_ & new_n731_;
  assign h0 = ~new_n707_ | ~new_n732_;
  assign new_n734_ = ~new_n172_ & ~new_n352_;
  assign new_n735_ = new_n330_ & new_n734_;
  assign new_n736_ = ~new_n117_ & ~new_n343_;
  assign new_n737_ = ~new_n455_ & new_n736_;
  assign new_n738_ = new_n239_ & new_n737_;
  assign new_n739_ = new_n735_ & new_n738_;
  assign new_n740_ = ~new_n173_ & ~new_n187_;
  assign new_n741_ = ~new_n190_ & new_n740_;
  assign new_n742_ = new_n225_ & new_n741_;
  assign new_n743_ = ~new_n205_ & ~new_n209_;
  assign new_n744_ = new_n691_ & new_n743_;
  assign new_n745_ = new_n742_ & new_n744_;
  assign new_n746_ = new_n739_ & new_n745_;
  assign new_n747_ = ~new_n552_ & ~new_n635_;
  assign new_n748_ = ~new_n364_ & ~new_n452_;
  assign new_n749_ = new_n747_ & new_n748_;
  assign new_n750_ = ~new_n548_ & ~new_n599_;
  assign new_n751_ = ~new_n445_ & ~new_n538_;
  assign new_n752_ = ~new_n446_ & new_n751_;
  assign new_n753_ = new_n750_ & new_n752_;
  assign new_n754_ = new_n749_ & new_n753_;
  assign new_n755_ = ~new_n76_ & ~new_n86_;
  assign new_n756_ = ~new_n303_ & ~new_n439_;
  assign new_n757_ = new_n755_ & new_n756_;
  assign new_n758_ = ~new_n66_ & ~new_n596_;
  assign new_n759_ = ~c & new_n130_;
  assign new_n760_ = ~o & ~p;
  assign new_n761_ = ~n & new_n760_;
  assign new_n762_ = new_n759_ & new_n761_;
  assign new_n763_ = ~new_n428_ & ~new_n762_;
  assign new_n764_ = ~new_n590_ & new_n763_;
  assign new_n765_ = new_n758_ & new_n764_;
  assign new_n766_ = new_n757_ & new_n765_;
  assign new_n767_ = new_n754_ & new_n766_;
  assign i0 = ~new_n746_ | ~new_n767_;
  assign new_n769_ = ~new_n307_ & ~new_n449_;
  assign new_n770_ = ~new_n301_ & ~new_n303_;
  assign new_n771_ = new_n769_ & new_n770_;
  assign new_n772_ = ~new_n284_ & ~new_n295_;
  assign new_n773_ = new_n311_ & new_n772_;
  assign j0 = ~new_n771_ | ~new_n773_;
  assign new_n775_ = ~new_n276_ & ~new_n284_;
  assign new_n776_ = new_n310_ & new_n775_;
  assign new_n777_ = ~new_n295_ & ~b1;
  assign new_n778_ = new_n770_ & new_n777_;
  assign new_n779_ = new_n776_ & new_n778_;
  assign new_n780_ = ~new_n449_ & ~new_n690_;
  assign new_n781_ = ~new_n307_ & ~d1;
  assign new_n782_ = new_n780_ & new_n781_;
  assign new_n783_ = ~new_n123_ & ~new_n454_;
  assign new_n784_ = ~new_n147_ & new_n783_;
  assign new_n785_ = new_n782_ & new_n784_;
  assign new_n786_ = new_n779_ & new_n785_;
  assign new_n787_ = new_n456_ & new_n636_;
  assign new_n788_ = new_n319_ & new_n787_;
  assign new_n789_ = new_n229_ & new_n322_;
  assign new_n790_ = ~new_n170_ & ~new_n176_;
  assign new_n791_ = new_n236_ & new_n790_;
  assign new_n792_ = new_n789_ & new_n791_;
  assign new_n793_ = new_n788_ & new_n792_;
  assign k0 = ~new_n786_ | ~new_n793_;
  assign new_n795_ = ~new_n200_ & new_n228_;
  assign new_n796_ = new_n229_ & new_n231_;
  assign new_n797_ = new_n795_ & new_n796_;
  assign new_n798_ = new_n321_ & new_n797_;
  assign new_n799_ = ~new_n172_ & new_n412_;
  assign new_n800_ = new_n239_ & new_n604_;
  assign new_n801_ = new_n799_ & new_n800_;
  assign new_n802_ = ~new_n117_ & new_n611_;
  assign new_n803_ = ~z0 & ~b1;
  assign new_n804_ = ~new_n111_ & ~b0;
  assign new_n805_ = new_n803_ & new_n804_;
  assign new_n806_ = new_n802_ & new_n805_;
  assign new_n807_ = new_n801_ & new_n806_;
  assign l0 = ~new_n798_ | ~new_n807_;
  assign new_n809_ = ~new_n111_ & ~new_n690_;
  assign new_n810_ = ~new_n105_ & new_n246_;
  assign new_n811_ = new_n809_ & new_n810_;
  assign new_n812_ = ~new_n137_ & ~new_n159_;
  assign new_n813_ = ~new_n134_ & new_n783_;
  assign new_n814_ = new_n812_ & new_n813_;
  assign new_n815_ = new_n811_ & new_n814_;
  assign new_n816_ = ~new_n207_ & new_n225_;
  assign new_n817_ = new_n691_ & new_n816_;
  assign new_n818_ = ~new_n176_ & ~new_n187_;
  assign new_n819_ = new_n329_ & new_n818_;
  assign new_n820_ = new_n817_ & new_n819_;
  assign m0 = ~new_n815_ | ~new_n820_;
  assign new_n822_ = ~b0 & ~new_n690_;
  assign new_n823_ = new_n803_ & new_n822_;
  assign new_n824_ = new_n608_ & new_n611_;
  assign new_n825_ = new_n823_ & new_n824_;
  assign new_n826_ = ~new_n123_ & ~c0;
  assign new_n827_ = ~new_n129_ & ~new_n141_;
  assign new_n828_ = new_n826_ & new_n827_;
  assign new_n829_ = ~new_n147_ & ~new_n159_;
  assign new_n830_ = ~new_n164_ & new_n829_;
  assign new_n831_ = new_n828_ & new_n830_;
  assign new_n832_ = new_n825_ & new_n831_;
  assign new_n833_ = new_n229_ & new_n790_;
  assign new_n834_ = new_n601_ & new_n833_;
  assign new_n835_ = new_n788_ & new_n834_;
  assign n0 = ~new_n832_ | ~new_n835_;
  assign new_n837_ = ~new_n217_ & new_n228_;
  assign new_n838_ = ~new_n164_ & ~new_n173_;
  assign new_n839_ = ~new_n182_ & new_n838_;
  assign new_n840_ = new_n837_ & new_n839_;
  assign new_n841_ = ~new_n111_ & ~new_n141_;
  assign new_n842_ = ~new_n147_ & new_n841_;
  assign new_n843_ = ~new_n307_ & ~b0;
  assign new_n844_ = new_n334_ & new_n843_;
  assign new_n845_ = new_n842_ & new_n844_;
  assign new_n846_ = new_n840_ & new_n845_;
  assign new_n847_ = ~new_n93_ & ~z0;
  assign new_n848_ = ~new_n449_ & new_n847_;
  assign new_n849_ = new_n778_ & new_n848_;
  assign new_n850_ = ~new_n268_ & ~new_n276_;
  assign new_n851_ = ~new_n284_ & new_n850_;
  assign new_n852_ = ~new_n66_ & ~new_n260_;
  assign new_n853_ = new_n755_ & new_n852_;
  assign new_n854_ = new_n851_ & new_n853_;
  assign new_n855_ = new_n849_ & new_n854_;
  assign o0 = ~new_n846_ | ~new_n855_;
  assign new_n857_ = new_n323_ & new_n833_;
  assign new_n858_ = new_n321_ & new_n857_;
  assign new_n859_ = ~new_n343_ & ~new_n398_;
  assign new_n860_ = ~new_n344_ & new_n859_;
  assign new_n861_ = ~new_n364_ & ~new_n377_;
  assign new_n862_ = new_n708_ & new_n861_;
  assign new_n863_ = new_n860_ & new_n862_;
  assign new_n864_ = new_n236_ & ~new_n352_;
  assign new_n865_ = ~new_n147_ & new_n402_;
  assign new_n866_ = new_n864_ & new_n865_;
  assign new_n867_ = new_n863_ & new_n866_;
  assign p0 = ~new_n858_ | ~new_n867_;
  assign new_n869_ = new_n400_ & new_n575_;
  assign new_n870_ = ~new_n348_ & ~c0;
  assign new_n871_ = new_n736_ & new_n870_;
  assign new_n872_ = new_n869_ & new_n871_;
  assign new_n873_ = new_n406_ & new_n408_;
  assign new_n874_ = new_n248_ & new_n405_;
  assign new_n875_ = new_n873_ & new_n874_;
  assign new_n876_ = new_n872_ & new_n875_;
  assign new_n877_ = ~new_n193_ & ~new_n200_;
  assign new_n878_ = new_n224_ & new_n877_;
  assign new_n879_ = new_n223_ & new_n878_;
  assign new_n880_ = ~new_n164_ & new_n330_;
  assign new_n881_ = new_n734_ & new_n880_;
  assign new_n882_ = new_n796_ & new_n881_;
  assign new_n883_ = new_n879_ & new_n882_;
  assign q0 = ~new_n876_ | ~new_n883_;
  assign new_n885_ = ~new_n200_ & ~new_n213_;
  assign new_n886_ = ~new_n220_ & new_n885_;
  assign new_n887_ = ~new_n176_ & ~new_n193_;
  assign new_n888_ = ~new_n194_ & new_n887_;
  assign new_n889_ = new_n886_ & new_n888_;
  assign new_n890_ = ~new_n134_ & ~new_n350_;
  assign new_n891_ = ~new_n141_ & new_n890_;
  assign new_n892_ = new_n329_ & new_n891_;
  assign new_n893_ = new_n889_ & new_n892_;
  assign new_n894_ = ~new_n343_ & new_n405_;
  assign new_n895_ = new_n810_ & new_n894_;
  assign new_n896_ = ~new_n129_ & new_n870_;
  assign new_n897_ = ~new_n117_ & ~new_n344_;
  assign new_n898_ = ~new_n123_ & new_n897_;
  assign new_n899_ = new_n896_ & new_n898_;
  assign new_n900_ = new_n895_ & new_n899_;
  assign r0 = ~new_n893_ | ~new_n900_;
  assign new_n902_ = ~new_n86_ & ~new_n364_;
  assign new_n903_ = new_n247_ & new_n902_;
  assign new_n904_ = new_n873_ & new_n903_;
  assign new_n905_ = new_n353_ & new_n402_;
  assign new_n906_ = ~new_n159_ & new_n237_;
  assign new_n907_ = new_n905_ & new_n906_;
  assign new_n908_ = new_n904_ & new_n907_;
  assign new_n909_ = new_n399_ & new_n790_;
  assign new_n910_ = new_n789_ & new_n909_;
  assign new_n911_ = new_n788_ & new_n910_;
  assign s0 = ~new_n908_ | ~new_n911_;
  assign new_n913_ = new_n248_ & new_n810_;
  assign new_n914_ = ~new_n398_ & new_n708_;
  assign new_n915_ = ~new_n377_ & new_n804_;
  assign new_n916_ = new_n914_ & new_n915_;
  assign new_n917_ = new_n913_ & new_n916_;
  assign new_n918_ = ~new_n207_ & ~new_n217_;
  assign new_n919_ = ~new_n190_ & new_n229_;
  assign new_n920_ = new_n918_ & new_n919_;
  assign new_n921_ = ~new_n141_ & ~new_n350_;
  assign new_n922_ = ~new_n147_ & new_n921_;
  assign new_n923_ = ~new_n173_ & new_n399_;
  assign new_n924_ = new_n922_ & new_n923_;
  assign new_n925_ = new_n920_ & new_n924_;
  assign t0 = ~new_n917_ | ~new_n925_;
  assign new_n927_ = ~new_n123_ & ~new_n344_;
  assign new_n928_ = ~new_n137_ & new_n927_;
  assign new_n929_ = ~new_n86_ & ~new_n111_;
  assign new_n930_ = new_n247_ & new_n929_;
  assign new_n931_ = new_n928_ & new_n930_;
  assign new_n932_ = ~new_n164_ & ~new_n170_;
  assign new_n933_ = ~new_n176_ & new_n932_;
  assign new_n934_ = new_n906_ & new_n933_;
  assign new_n935_ = new_n931_ & new_n934_;
  assign new_n936_ = new_n323_ & new_n919_;
  assign new_n937_ = new_n321_ & new_n936_;
  assign u0 = ~new_n935_ | ~new_n937_;
  assign new_n939_ = new_n222_ & new_n637_;
  assign new_n940_ = ~new_n173_ & ~new_n194_;
  assign new_n941_ = ~new_n172_ & new_n572_;
  assign new_n942_ = new_n940_ & new_n941_;
  assign new_n943_ = new_n939_ & new_n942_;
  assign new_n944_ = ~new_n384_ & new_n861_;
  assign new_n945_ = ~new_n343_ & new_n408_;
  assign new_n946_ = new_n944_ & new_n945_;
  assign new_n947_ = ~new_n348_ & ~new_n350_;
  assign new_n948_ = ~new_n147_ & new_n947_;
  assign new_n949_ = new_n236_ & new_n948_;
  assign new_n950_ = new_n946_ & new_n949_;
  assign v0 = ~new_n943_ | ~new_n950_;
  assign new_n952_ = new_n221_ & new_n325_;
  assign new_n953_ = new_n810_ & new_n890_;
  assign w0 = ~new_n952_ | ~new_n953_;
  assign new_n955_ = ~new_n134_ & ~new_n352_;
  assign new_n956_ = ~new_n344_ & ~new_n348_;
  assign new_n957_ = new_n955_ & new_n956_;
  assign new_n958_ = new_n952_ & new_n957_;
  assign new_n959_ = new_n708_ & new_n859_;
  assign new_n960_ = new_n810_ & new_n861_;
  assign new_n961_ = new_n959_ & new_n960_;
  assign x0 = ~new_n958_ | ~new_n961_;
  assign new_n963_ = ~new_n209_ & ~new_n217_;
  assign new_n964_ = ~new_n220_ & new_n963_;
  assign new_n965_ = ~new_n182_ & ~new_n194_;
  assign new_n966_ = ~new_n205_ & new_n965_;
  assign new_n967_ = new_n964_ & new_n966_;
  assign new_n968_ = ~new_n129_ & ~new_n159_;
  assign new_n969_ = ~new_n352_ & new_n968_;
  assign new_n970_ = ~new_n170_ & ~new_n173_;
  assign new_n971_ = ~new_n176_ & new_n970_;
  assign new_n972_ = new_n969_ & new_n971_;
  assign new_n973_ = new_n967_ & new_n972_;
  assign new_n974_ = new_n810_ & new_n944_;
  assign new_n975_ = ~new_n117_ & ~new_n348_;
  assign new_n976_ = ~c0 & new_n975_;
  assign new_n977_ = new_n945_ & new_n976_;
  assign new_n978_ = new_n974_ & new_n977_;
  assign y0 = ~new_n973_ | ~new_n978_;
  assign c1 = new_n454_ | new_n690_;
  assign w = t;
  assign x = t;
endmodule